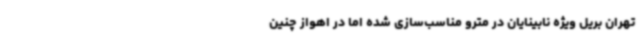
تهران بریل ویژه نابینایان در مترو مناسب‌سازی شده اما در اهواز چنین